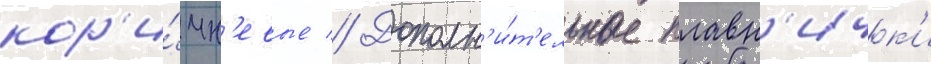
кор'и́чн'евые // Дополн'и́т'ельные плавн'ичк'и